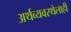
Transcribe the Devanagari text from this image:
अर्थव्यवस्थेलाही